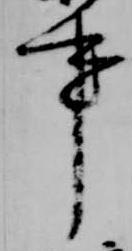
事